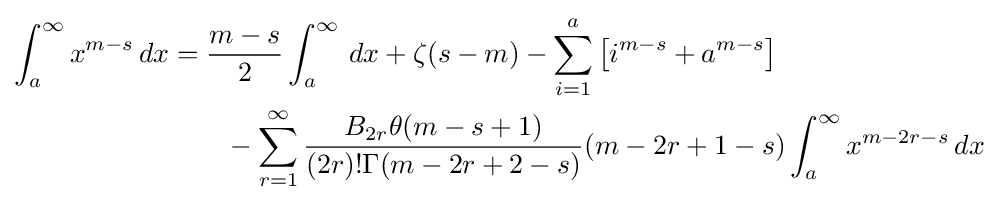
{\begin{aligned}\int _{a}^{\infty }x^{m-s}\,dx&={\frac {m-s}{2}}\int _{a}^{\infty }\,dx+\zeta (s-m)-\sum _{i=1}^{a}\left[i^{m-s}+a^{m-s}\right]\\&\qquad -\sum _{r=1}^{\infty }{\frac {B_{2r}\theta (m-s+1)}{(2r)!\Gamma (m-2r+2-s)}}(m-2r+1-s)\int _{a}^{\infty }x^{m-2r-s}\,dx\end{aligned}}